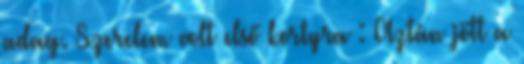
adag. Szerelem volt első kortyra : Aztán jött a